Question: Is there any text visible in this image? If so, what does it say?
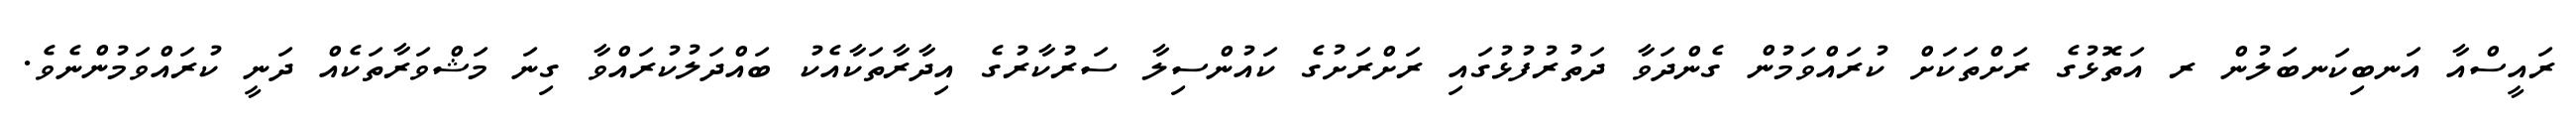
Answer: ރައީސްއާ އަނބިކަނބަލުން ރ އަތޮޅުގެ ރަށްތަކަށް ކުރައްވަމުން ގެންދަވާ ދަތުރުފުޅުގައި ރަށްރަށުގެ ކައުންސިލާ ސަރުކާރުގެ އިދާރާތަކާއެކު ބައްދަލުކުރައްވާ ގިނަ މަޝްވަރާތަކެއް ދަނީ ކުރައްވަމުންނެވެ.